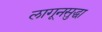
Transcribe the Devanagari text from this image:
लागूनसुद्धा